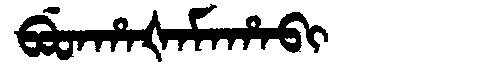
Manchu: ᠪᡠᡨᡥᠠᡧᠠᠮᠠᡥᠠᠪᡳ
Romanization: BUTHAŠAMAHABI